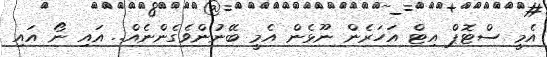
އެމީ ސްޓޮޕް އިޓް އަހަރެން ނޫޅެން އެމީ ބޭނުންވެގެންނެއް.. އައި ނޯ އައި